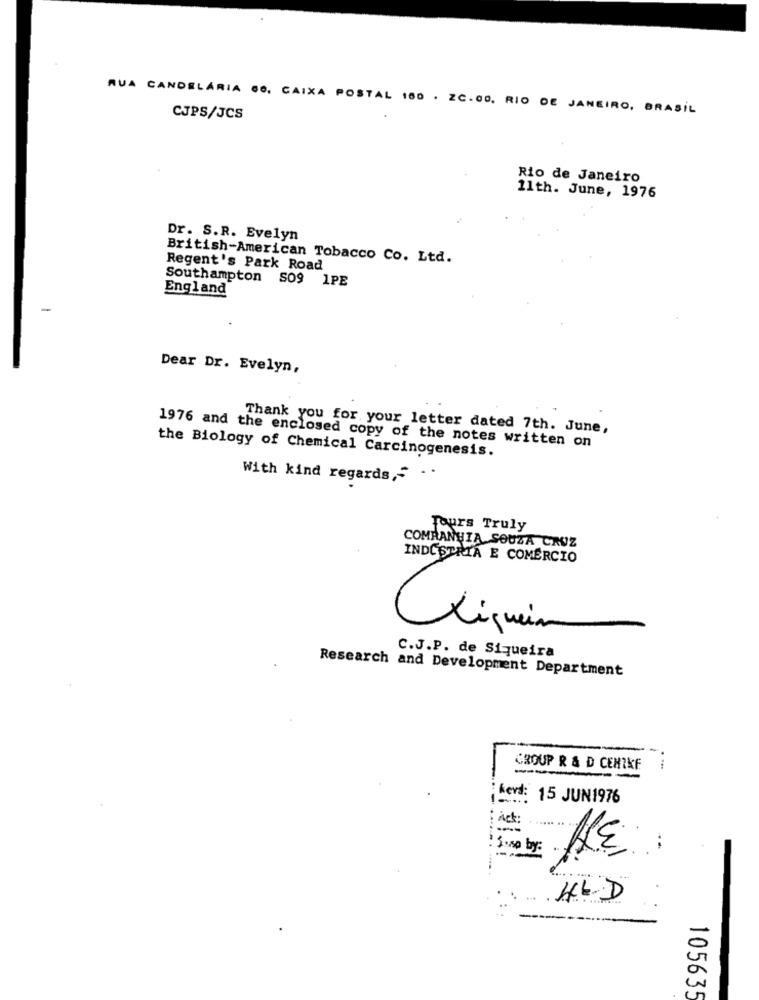
RUA CANDELÁRIA 60. CAIXA POSTAL 160 . ZC.00. RIO DE JANEIRO, BRASIL
CJPS/JCS
Rio de Janeiro
11th. June, 1976
Dr. S.R. Evelyn
British-American Tobacco Co. Ltd.
Regent's Park Road
Southampton S09 1PE
England
Dear Dr. Evelyn,
Thank you for your letter dated 7th. June,
1976 and the enclosed copy of the notes written on
the Biology of Chemical Carcinogenesis.
With kind regards," -
Tours Truly
COMPANHIA SOUZA CRUZ
INDUSTRIA E COMERCIO
Xiquein
C.J.P. de Siqueira
Research and Development Department
GROUP R & D CENTKF
..
: kers: 15 JUN1976
Act
: {usp by:
105635